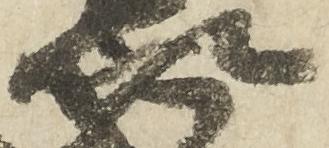
以